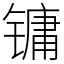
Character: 镛